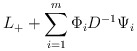
\begin{align*}L_{+} + \sum_{i=1}^{m} \Phi_iD^{-1} \Psi_i\end{align*}